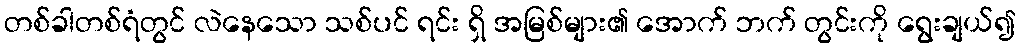
တစ်ခါတစ်ရံတွင် လဲနေသော သစ်ပင် ရင်း ရှိ အမြစ်များ၏ အောက် ဘက် တွင်းကို ရွေးချယ်၍